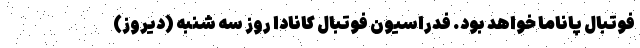
فوتبال پاناما خواهد بود. فدراسیون فوتبال کانادا روز سه شنبه (دیروز)